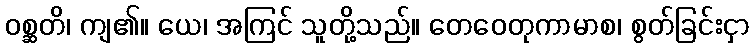
ဝစ္ဆတိ၊ ကျ၏။ ယေ၊ အကြင် သူတို့သည်။ တေဝေတုကာမာစ၊ စွတ်ခြင်းငှာ